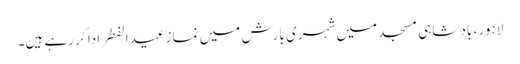
لاہور، بادشاہی مسجد میں شہری بارش میں نماز عیدالفطر ادا کر رہے ہیں۔